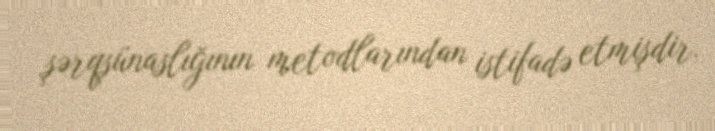
şərqşünaslığının metodlarından istifadə etmişdir.